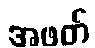
အဖတ်